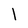
Character: l